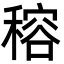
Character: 穃